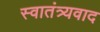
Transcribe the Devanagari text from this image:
स्वातंत्र्यवाद